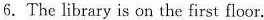
6.The library is on the first floor.